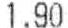
1.90